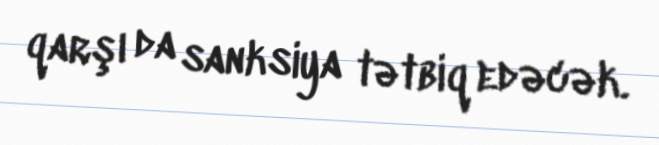
qarşı da sanksiya tətbiq edəcək.